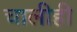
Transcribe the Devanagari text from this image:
चालीही